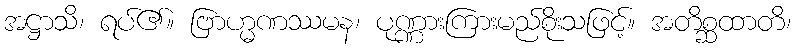
အဋ္ဌာသိ၊ ရပ်၏။ ဗြာဟ္မဏဿမန၊ ပုဏ္ဏားကြားမည်စိုးသဖြင့်။ အတိစ္ဆထာတိ၊